255_413270_UFO's_and_Defense_What_Should_we_Prepare_For
Agency: NASA
Page 59
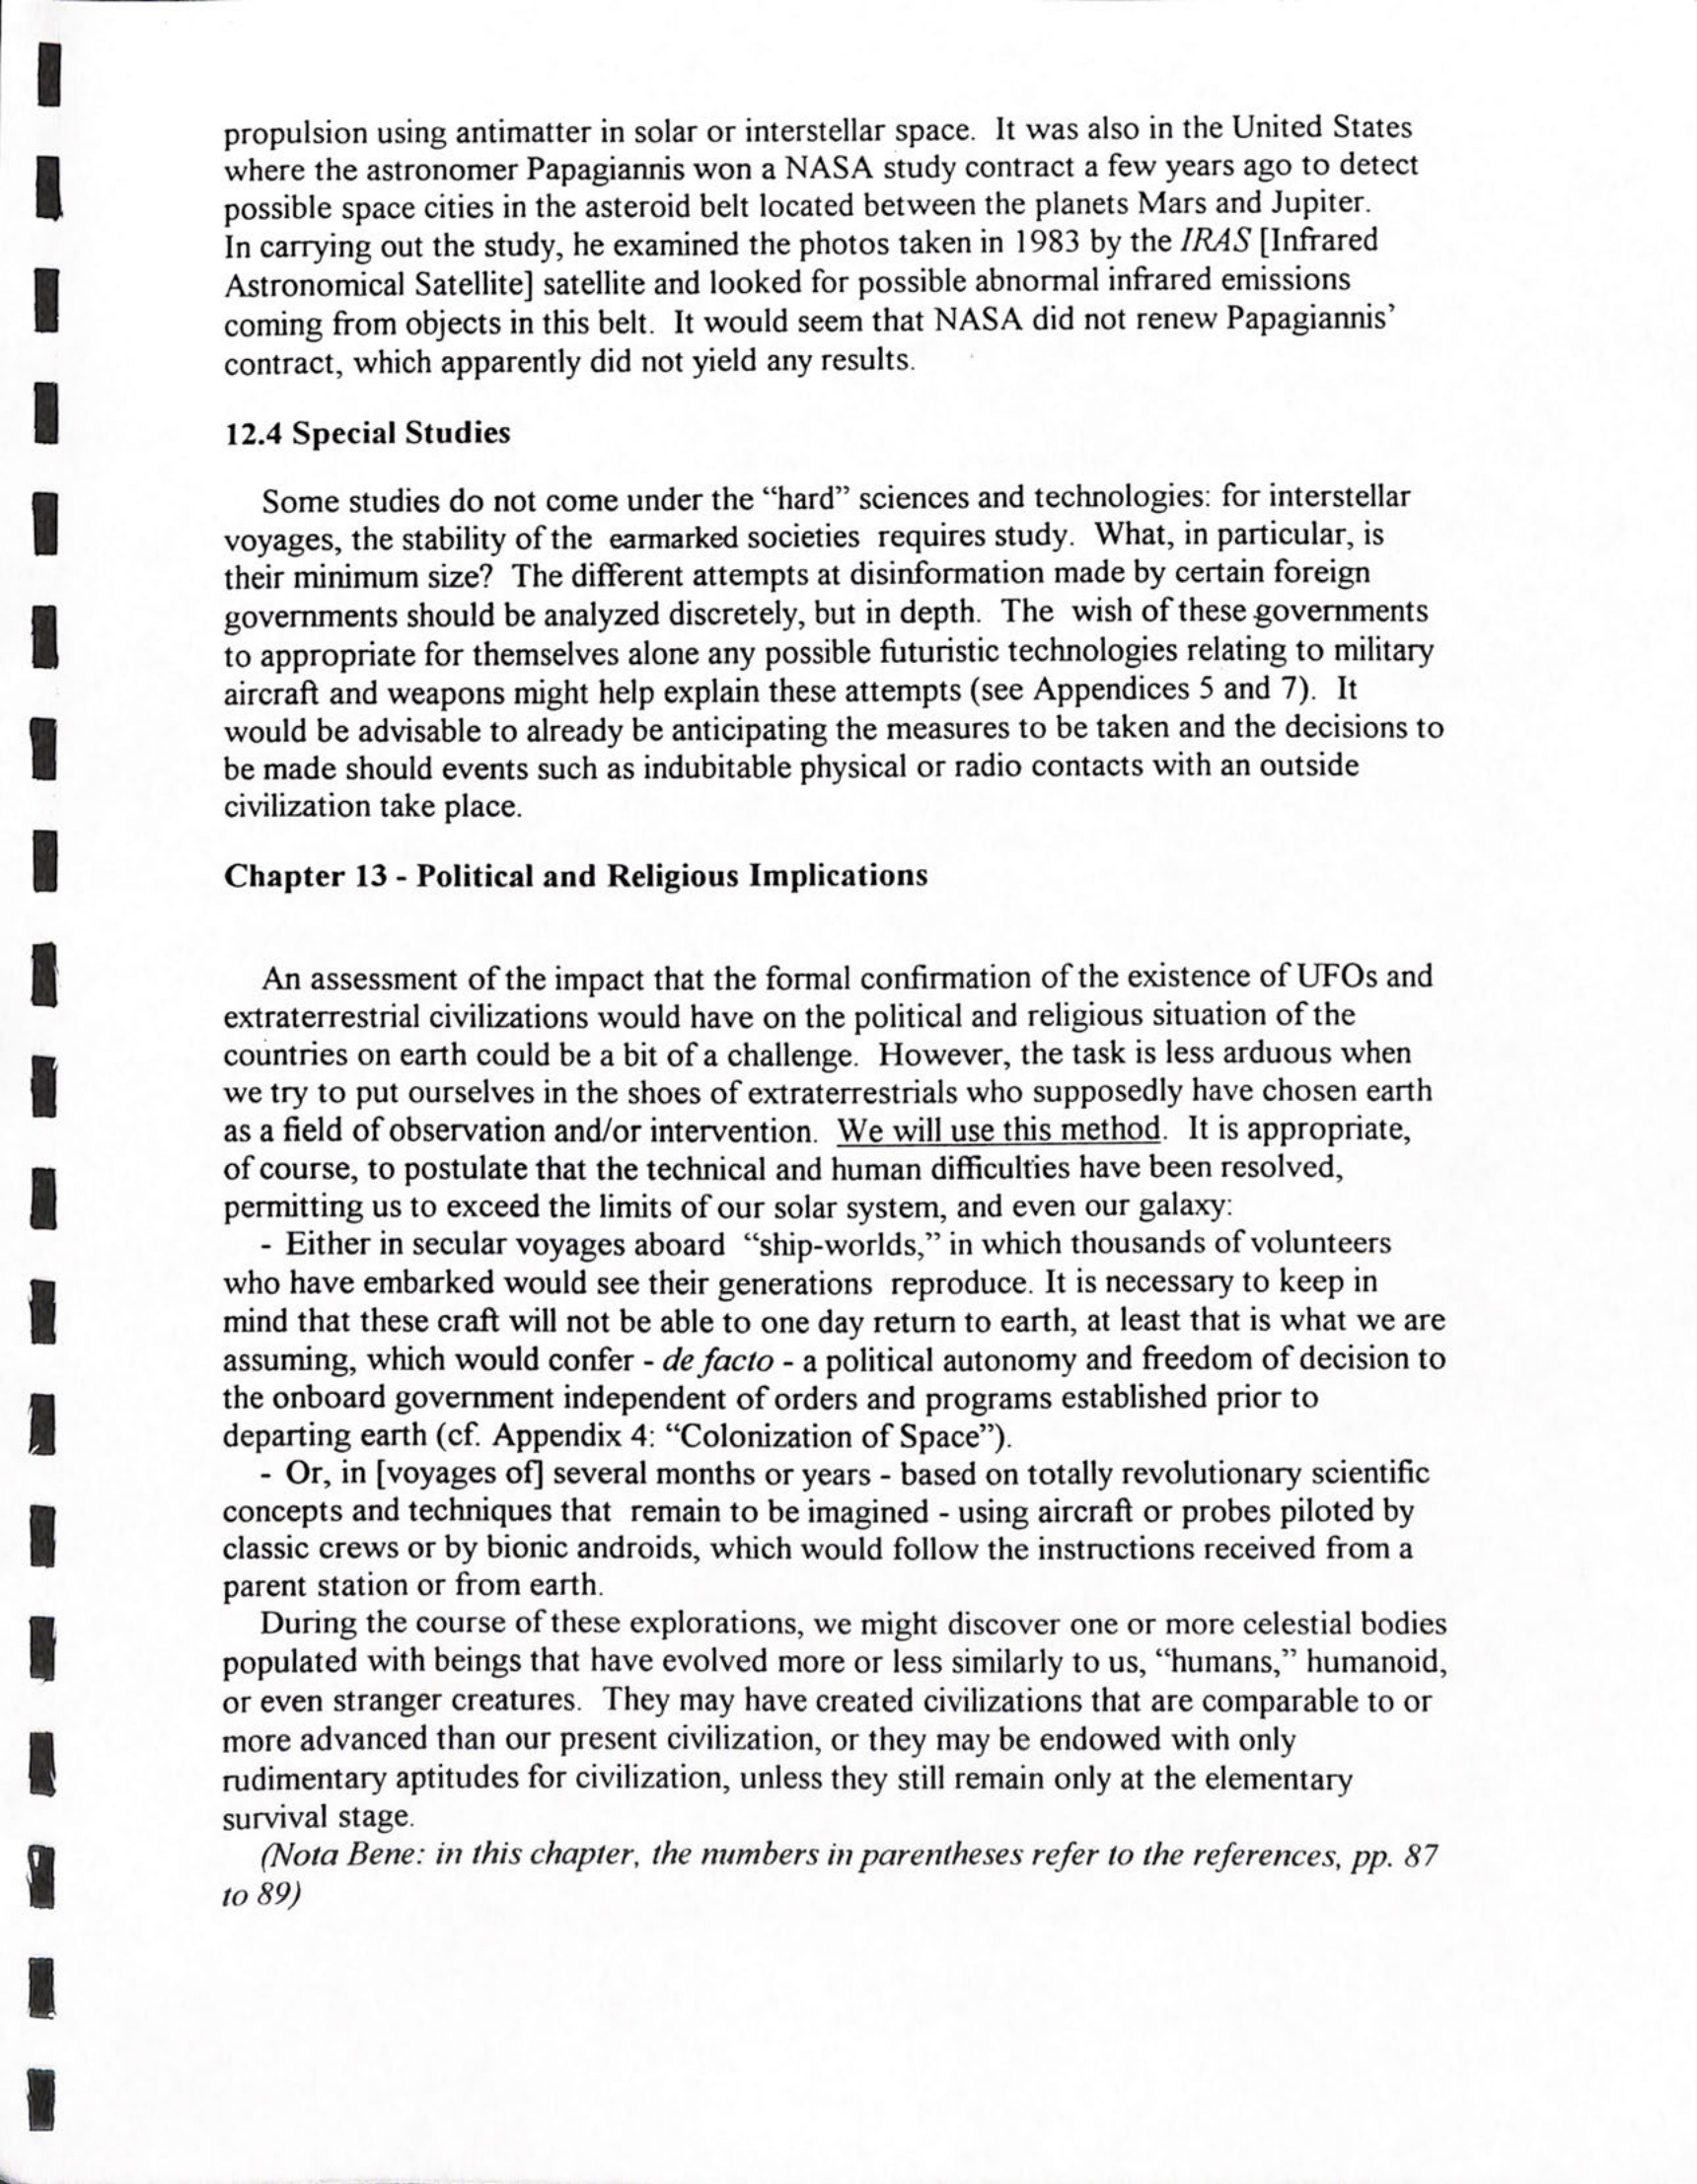